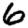
Digit: 6